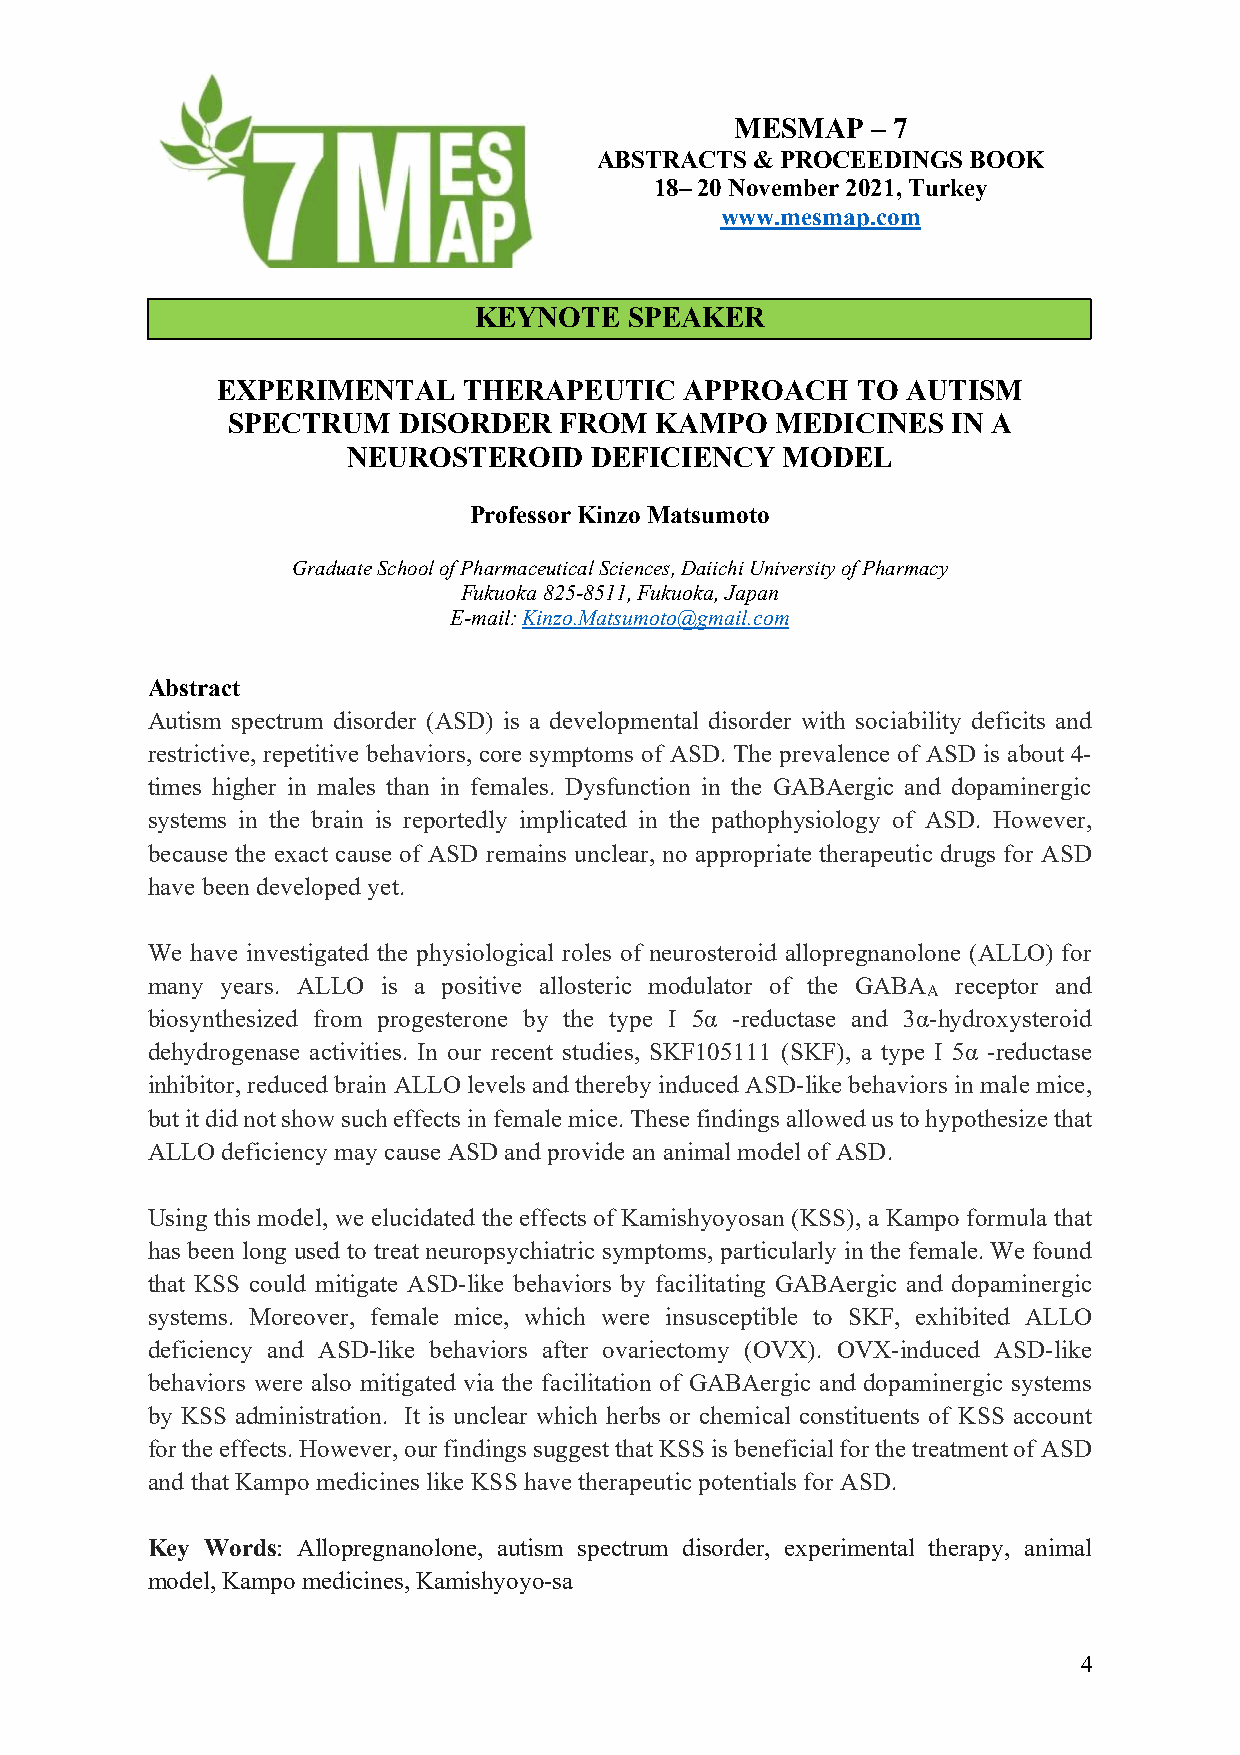
MESMAP   – 7
 ABSTRACTS  & PROCEEDINGS BOOK
 18– 20 November 2021, Turkey
 www.mesmap.com
 KEYNOTE    SPEAKER
 EXPERIMENTAL     THERAPEUTIC   APPROACH    TO AUTISM
 SPECTRUM   DISORDER   FROM  KAMPO   MEDICINES   IN A
 NEUROSTEROID    DEFICIENCY   MODEL
 Professor Kinzo Matsumoto
 Graduate School of Pharmaceutical Sciences, Daiichi University of Pharmacy
 Fukuoka 825-8511, Fukuoka, Japan
 E-mail: Kinzo.Matsumoto@gmail.com
 Abstract
 Autism spectrum disorder (ASD) is a developmental disorder with sociability deficits and
 restrictive, repetitive behaviors, core symptoms of ASD. The prevalence of ASD is about 4-
 times higher in males than in females. Dysfunction in the GABAergic and dopaminergic
 systems in the brain is reportedly implicated in the pathophysiology of ASD. However,
 because the exact cause of ASD remains unclear, no appropriate therapeutic drugs for ASD
 have been developed yet.
 We have investigated the physiological roles of neurosteroid allopregnanolone (ALLO) for
 many years. ALLO is a positive allosteric modulator of the GABA receptor and
 A
 biosynthesized from progesterone by the type I 5α -reductase and 3α-hydroxysteroid
 dehydrogenase activities. In our recent studies, SKF105111 (SKF), a type I 5α -reductase
 inhibitor, reduced brain ALLO levels and thereby induced ASD-like behaviors in male mice,
 but it did not show such effects in female mice. These findings allowed us to hypothesize that
 ALLO deficiency may cause ASD and provide an animal model of ASD.
 Using this model, we elucidated the effects of Kamishyoyosan (KSS), a Kampo formula that
 has been long used to treat neuropsychiatric symptoms, particularly in the female. We found
 that KSS could mitigate ASD-like behaviors by facilitating GABAergic and dopaminergic
 systems. Moreover, female mice, which were insusceptible to SKF, exhibited ALLO
 deficiency and ASD-like behaviors after ovariectomy (OVX). OVX-induced ASD-like
 behaviors were also mitigated via the facilitation of GABAergic and dopaminergic systems
 by KSS administration. It is unclear which herbs or chemical constituents of KSS account
 for the effects. However, our findings suggest that KSS is beneficial for the treatment of ASD
 and that Kampo medicines like KSS have therapeutic potentials for ASD.
 Key Words: Allopregnanolone, autism spectrum disorder, experimental therapy, animal
 model, Kampo medicines, Kamishyoyo-sa
 4